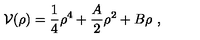
{ \cal V } ( \rho ) = { \frac { 1 } { 4 } } \rho ^ { 4 } + { \frac { A } { 2 } } \rho ^ { 2 } + B \rho \ ,